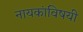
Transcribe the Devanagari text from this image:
नायकांविषयी